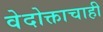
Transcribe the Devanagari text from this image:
वेदोक्ताचाही